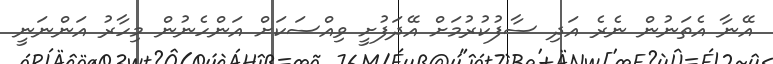
އޭނާ އެތަނުން ނެރެ އަދި ސާފުކުރުމަށް އޭދަފުށީ ވިއްސަކަށް އަންހެނުން މިހާރު އަންނަނީ